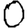
Digit: 0